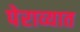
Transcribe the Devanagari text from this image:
पेराव्यात